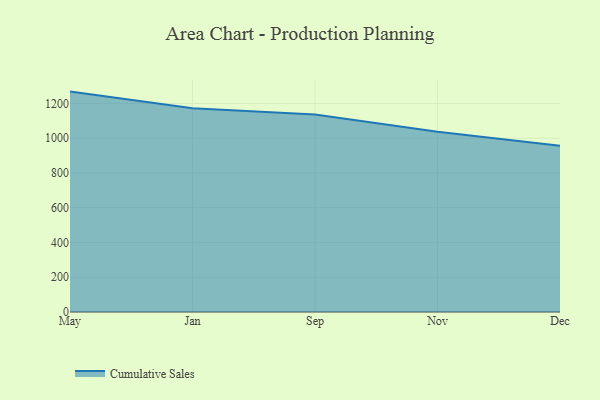
{"axis": {"x": "Month", "y": "Temperature (°C)"}, "legend": ["Cumulative Sales"], "data": [{"x": "May", "y": 1268.2, "type": "Cumulative Sales"}, {"x": "Jan", "y": 1172.8, "type": "Cumulative Sales"}, {"x": "Sep", "y": 1136.6, "type": "Cumulative Sales"}, {"x": "Nov", "y": 1037.5, "type": "Cumulative Sales"}, {"x": "Dec", "y": 956.7, "type": "Cumulative Sales"}]}